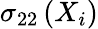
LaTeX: \sigma_{22}\left({X}_{i}\right)